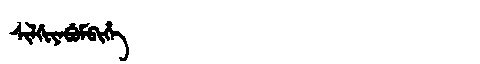
Manchu: ᠰᡳᠯᡤᡳᠶᠠᠪᡠᠮᠪᡳᡥᡝ
Romanization: SILGIYABUMBIHE